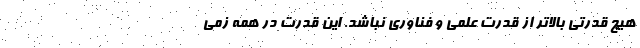
هیچ قدرتی بالاتر از قدرت علمی و فناوری نباشد. این قدرت در همه زمی